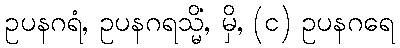
ဥပနဂရံ, ဥပနဂရသ္မိံ, မှိ, (င) ဥပနဂရေ